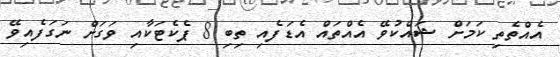
އެއްތެތި ކަމަށް ޝައްކުވޭ އެއްތައް އެޑަފެއި ތިބި 8 ޕެކެޓަކާއި ވަގަށް ނަގަފެއިވޭ